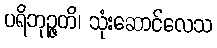
ပရိဘုဉ္ဇတိ၊ သုံးဆောင်လေသ